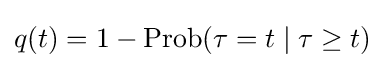
q(t)=1-\operatorname {Prob} (\tau =t\mid \tau \geq t)